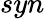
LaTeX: syn